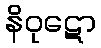
နိဝုဋော